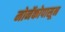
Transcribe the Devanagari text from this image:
मोनॅकोपासून